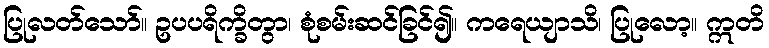
ပြုလတ်သော်။ ဥပပရိက္ခိတွာ၊ စုံစမ်းဆင်ခြင်၍။ ကရေယျာသိ၊ ပြုလော့။ ဣတိ